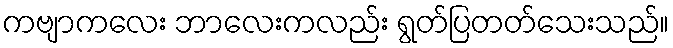
ကဗျာကလေး ဘာလေးကလည်း ရွတ်ပြတတ်သေးသည်။